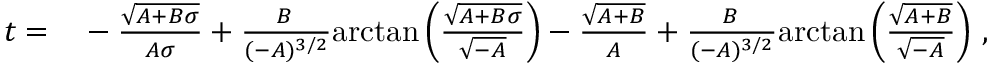
\begin{array} { r l } { t = } & { { } - \frac { \sqrt { A + B \sigma } } { A \sigma } + \frac { B \, } { ( - A ) ^ { 3 / 2 } } \mathrm { a r c t a n } \left( \frac { \sqrt { A + B \sigma } } { \sqrt { - A } } \right) - \frac { \sqrt { A + B } } { A } + \frac { B \, } { ( - A ) ^ { 3 / 2 } } \mathrm { a r c t a n } \left( \frac { \sqrt { A + B } } { \sqrt { - A } } \right) \, , } \end{array}